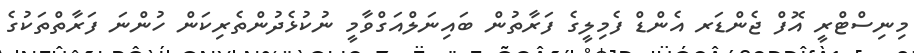
މިނިސްޓްރީ އޮފް ޖެންޑަރ އެންޑް ފެމިލީގެ ފަރާތުން ބައިނަލްއަގްވާމީ ނުކުޅެދުންތެރިކަން ހުންނަ ފަރާތްތަކުގެ